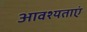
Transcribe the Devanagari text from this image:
आवश्यताएं